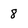
Character: 8